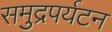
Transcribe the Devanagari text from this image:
समुद्रपर्यटन